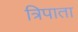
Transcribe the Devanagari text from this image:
त्रिपाता